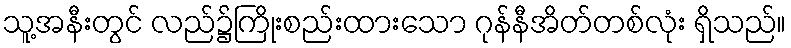
သူ့အနီးတွင် လည်၌ကြိုးစည်းထားသော ဂုန်နီအိတ်တစ်လုံး ရှိသည်။